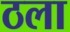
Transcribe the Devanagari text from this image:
ठला